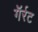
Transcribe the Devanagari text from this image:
गॅर्रट